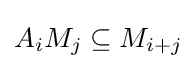
A_{i}M_{j}\subseteq M_{i+j}